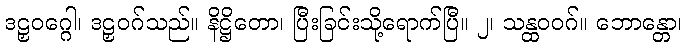
ဒဠှဝဂ္ဂေါ၊ ဒဠှဝဂ်သည်။ နိဋ္ဌိတော၊ ပြီးခြင်းသို့ရောက်ပြီ။ ၂၊ သန္ထဝဝဂ်။ ဘောန္တော၊